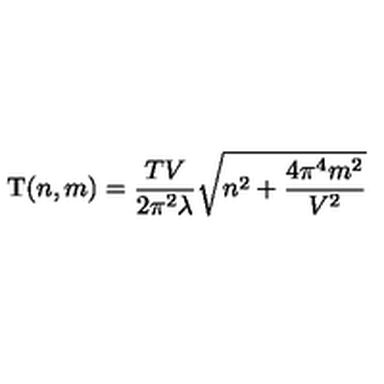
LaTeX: \mathrm { T } ( n , m ) = \frac { T V } { 2 \pi ^ { 2 } \lambda } \sqrt { n ^ { 2 } + \frac { 4 \pi ^ { 4 } m ^ { 2 } } { V ^ { 2 } } }